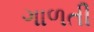
ગાળતી